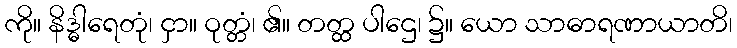
ကို။ နိဒ္ဓါရေတုံ၊ ငှာ။ ဝုတ္တံ၊ ၏။ တတ္ထ ပါဌေ၊ ၌။ ယော သာဓာရဏာယာတိ၊